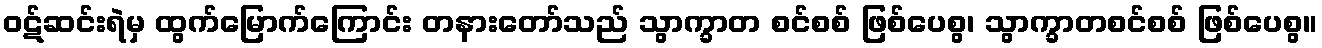
ဝဋ်ဆင်းရဲမှ ထွက်မြောက်ကြောင်း တနားတော်သည် သွာက္ခာတ စင်စစ် ဖြစ်ပေစွ၊ သွာက္ခာတစင်စစ် ဖြစ်ပေစွ။